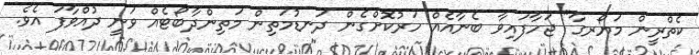
ކެތްރީން މަޔޯރގާ" ޖަހާފައިވާ ބެނާއެއް ހަރުކޮށްގެން ދަނޑުމަތިން މަތިންދާބޯޓެއް ވަނީ ދުއްވާފަ އެވެ.